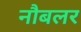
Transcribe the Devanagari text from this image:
नौबलर